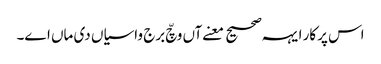
اس پرکار ایہہ صحیح معنےآں وچّ برج واسیاں دی ماں اے۔